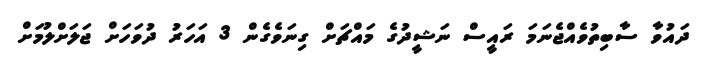
ދައުވާ ސާބިތުވެއްޖެނަމަ ރައީސް ނަޝީދުގެ މައްޗަށް ގިނަވެގެން 3 އަހަރު ދުވަހަށް ޖަލަށްލުމަށް